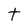
Character: t